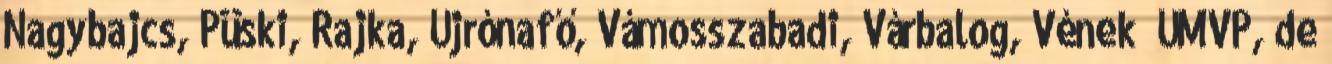
Nagybajcs, Püski, Rajka, Újrónafő, Vámosszabadi, Várbalog, Vének ▪ÚMVP, de